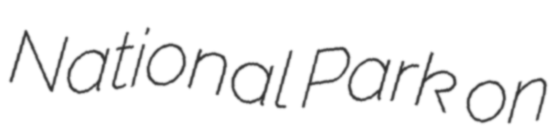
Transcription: National Park on